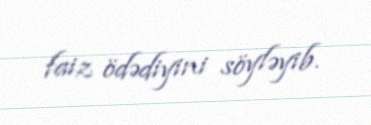
faiz ödədiyini söyləyib.